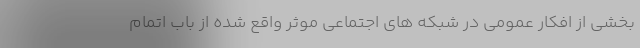
بخشی از افکار عمومی در شبکه های اجتماعی موثر واقع شده از باب اتمام